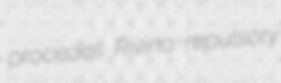
procedes Rivina repulsory